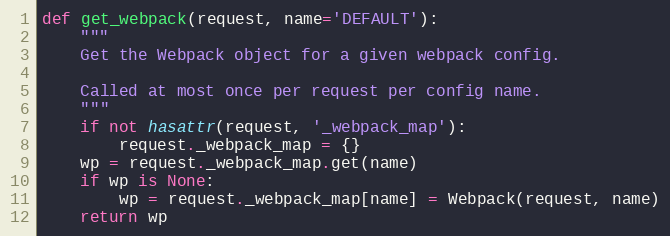
Language: Python
def get_webpack(request, name='DEFAULT'):
    """
    Get the Webpack object for a given webpack config.

    Called at most once per request per config name.
    """
    if not hasattr(request, '_webpack_map'):
        request._webpack_map = {}
    wp = request._webpack_map.get(name)
    if wp is None:
        wp = request._webpack_map[name] = Webpack(request, name)
    return wp